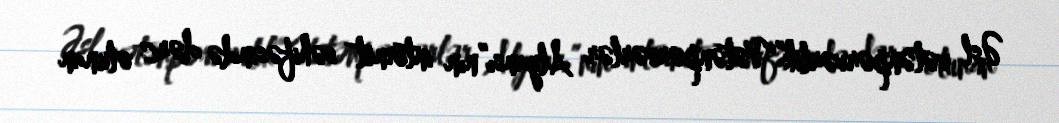
Əsl vətənpərvərlik“Vətənpərvərlər Alyansı”nın internet səhifəsində dərc olunan